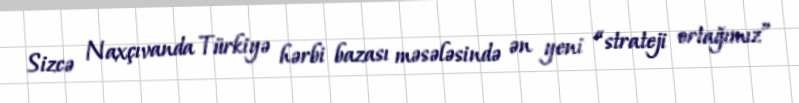
Sizcə Naxçıvanda Türkiyə hərbi bazası məsələsində ən yeni “strateji ortağımız”